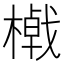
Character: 𣛔